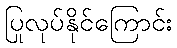
ပြုလုပ်နိုင်ကြောင်း